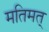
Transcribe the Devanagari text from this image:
मतिमत्‌